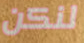
لنكن